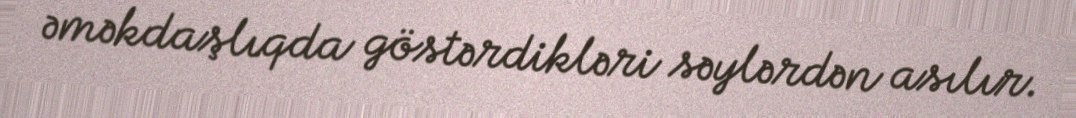
əməkdaşlıqda göstərdikləri səylərdən asılır.